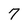
Character: 7